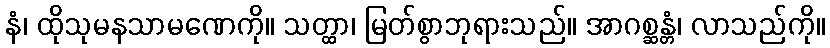
နံ၊ ထိုသုမနသာမဏေကို။ သတ္ထာ၊ မြတ်စွာဘုရားသည်။ အာဂစ္ဆန္တံ၊ လာသည်ကို။